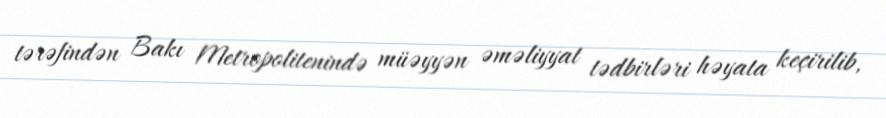
tərəfindən Bakı Metropolitenində müəyyən əməliyyat tədbirləri həyata keçirilib,